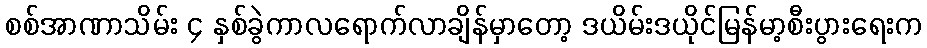
စစ်အာဏာသိမ်း ၄ နှစ်ခွဲကာလရောက်လာချိန်မှာတော့ ဒယိမ်းဒယိုင်မြန်မာ့စီးပွားရေးက